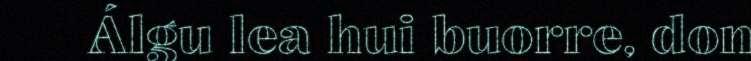
Álgu lea hui buorre, don